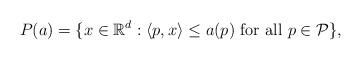
LaTeX: \begin{align*}P(a)=\{x\in{\mathbb R}^d:\langle p,x\rangle\le a(p)\mbox{ for all } p\in{\mathcal P} \},\end{align*}